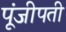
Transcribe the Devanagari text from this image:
पूंजीपती